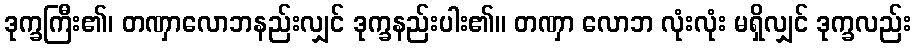
ဒုက္ခကြီး၏၊ တဏှာလောဘနည်းလျှင် ဒုက္ခနည်းပါး၏။ တဏှာ လောဘ လုံးလုံး မရှိလျှင် ဒုက္ခလည်း